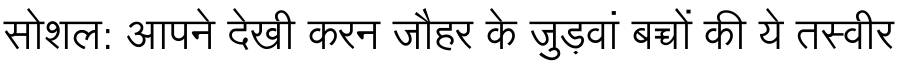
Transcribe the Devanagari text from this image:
सोशल: आपने देखी करन जौहर के जुड़वां बच्चों की ये तस्वीर